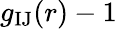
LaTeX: g_{\mathrm{IJ}}(r)-1